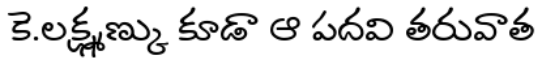
కె.లక్ష్మణ్కు కూడా ఆ పదవి తరువాత